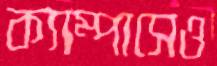
ক্যাম্পাসেও